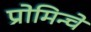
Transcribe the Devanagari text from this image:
प्रोमिन्चे